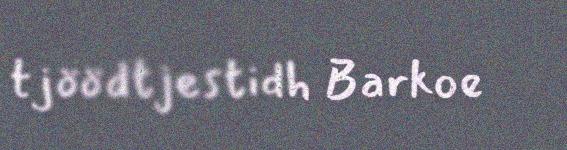
tjöödtjestidh Barkoe